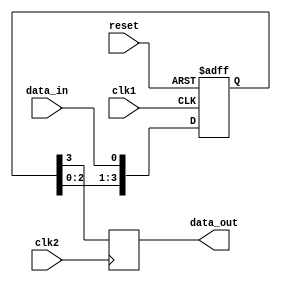
module four_flop_synchronizer (
    input wire clk1,        // Clock signal for domain 1
    input wire clk2,        // Clock signal for domain 2
    input wire reset,       // Reset signal
    input wire data_in,     // Input signal to be synchronized
    
    output reg data_out     // Synchronized output signal
);

reg [3:0] sync_reg;

always @(posedge clk1 or posedge reset) begin
    if (reset) begin
        sync_reg <= 4'b0000;
    end else begin
        sync_reg <= {sync_reg[2:0], data_in};
    end
end

always @(posedge clk2) begin
    data_out <= sync_reg[3];
end

endmodule